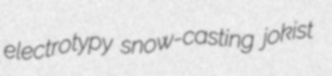
electrotypy snow-casting jokist